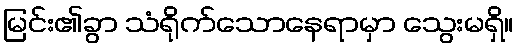
မြင်း၏ခွာ သံရိုက်သောနေရာမှာ သွေးမရှိ။